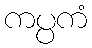
ကပ္ပကံ